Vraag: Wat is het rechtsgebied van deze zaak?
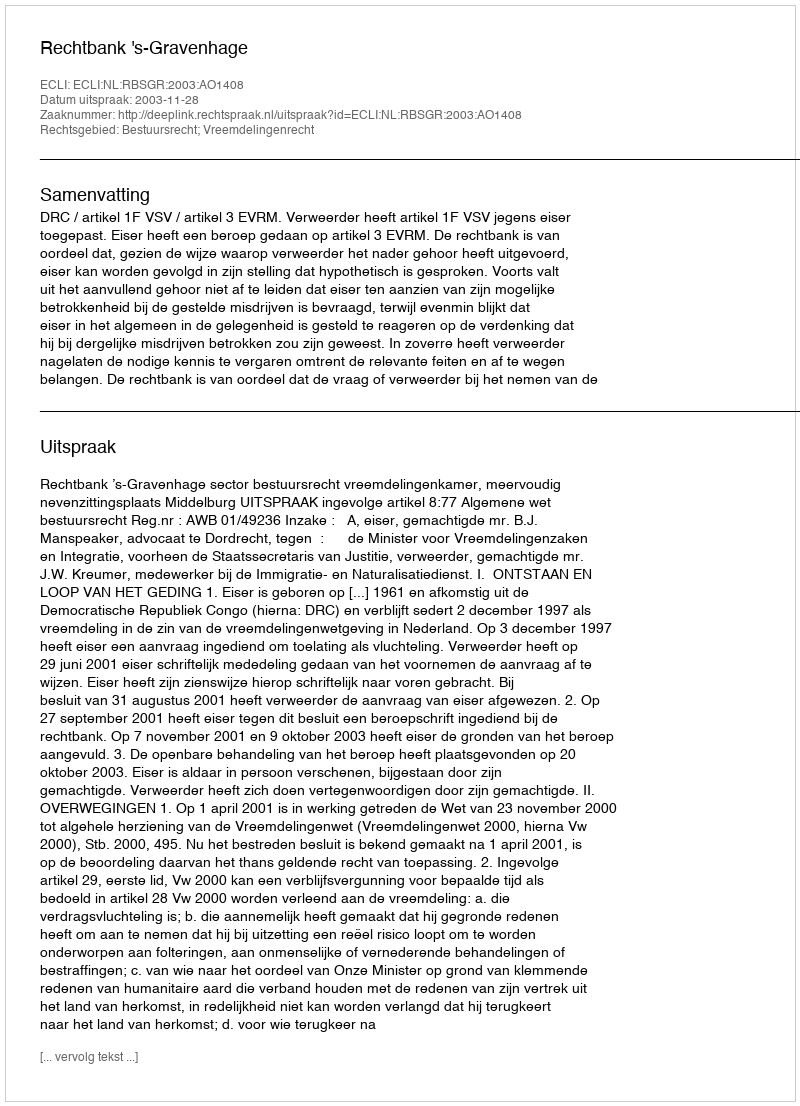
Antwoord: Bestuursrecht; Vreemdelingenrecht